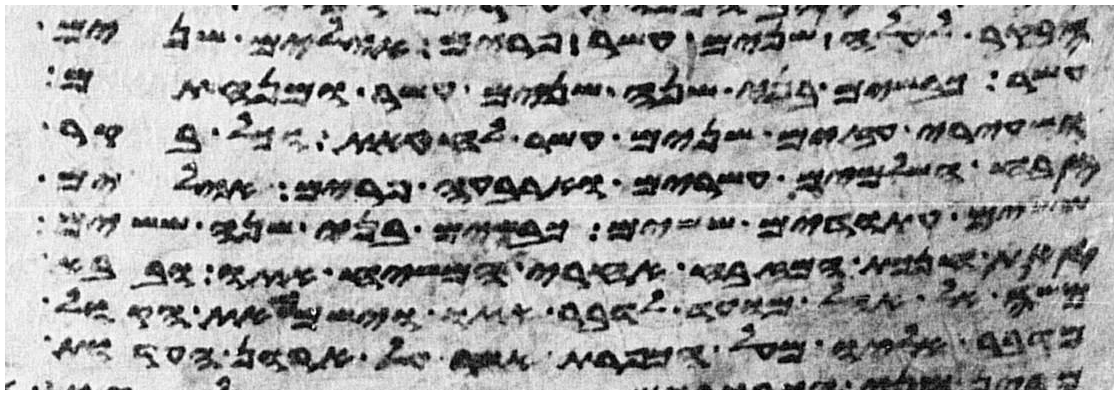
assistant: הבקר לעלה שנים עשר פרים אילים שנים
עשר כבשים בני שנה שנים עשר ומנחתם
ושעירי עזים שנים עשר לחטאת וכל בקר
זבח השלמים עשרים וארבעה פרים אילים
ששים עתודים ששים כבשים בני שנה ששים
זאת חנכת המזבח אחרי המשח אתו ובבא
משה אל אהל מועד לדבר אתו וישמע את הקול
מדבר אליו מעל הכפרת אשר על ארון העדות